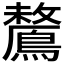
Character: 𪅗